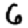
Digit: 6